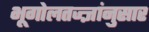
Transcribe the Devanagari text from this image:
भूगोलतज्ज्ञांनुसार